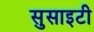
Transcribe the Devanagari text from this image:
सुसाइटी